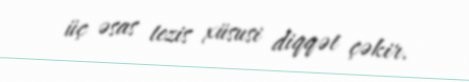
üç əsas tezis xüsusi diqqət çəkir.